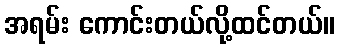
အရမ်း ကောင်းတယ်လို့ထင်တယ်။